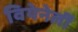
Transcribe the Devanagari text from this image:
वियेनेर्ली